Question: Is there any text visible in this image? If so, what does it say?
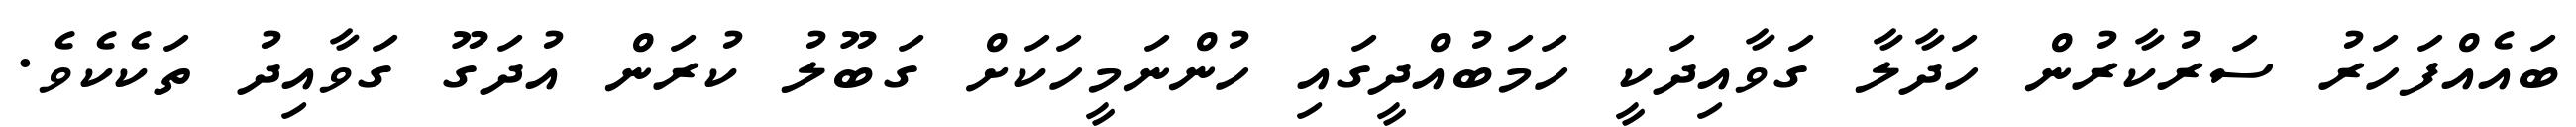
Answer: ބައެއްފަހަރު ސަރުކާރުން ހަދާލާ ގަވާއިދަކީ ހަމަބުއްދީގައި ހުންނަމީހަކަށް ގަބޫލު ކުރަން އުދަގޫ ގަވާއިދު ތަކެކެވެ.